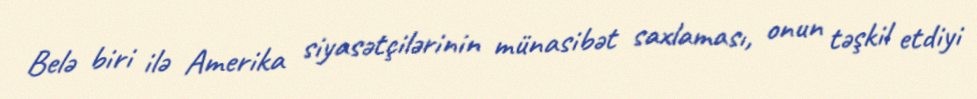
Belə biri ilə Amerika siyasətçilərinin münasibət saxlaması, onun təşkil etdiyi